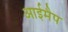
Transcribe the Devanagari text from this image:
आईमैप